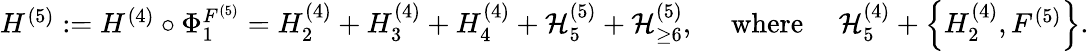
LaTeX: \begin{array}{r}{{H}^{(5)}:={H}^{(4)}\circ\Phi_{1}^{F^{(5)}}={H}_{2}^{(4)}+{H}_{3}^{(4)}+{H}_{4}^{(4)}+\mathcal{H}_{5}^{(5)}+\mathcal{H}_{\ge 6}^{(5)},\quad\mathrm{~where~}\quad\mathcal{H}_{5}^{(4)}+\left\{ {H}_{2}^{(4)},F^{(5)}\right\} .}\end{array}